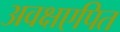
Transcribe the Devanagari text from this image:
अवक्षएपित